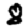
Digit: 8